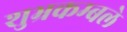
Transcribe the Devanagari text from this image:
शुभ्रकम्बले